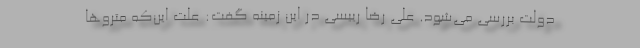
دولت بررسی می‌شود. علی رضا رییسی در این زمینه گفت: علت این‌که متروها